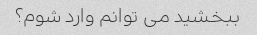
ببخشید می توانم وارد شوم؟